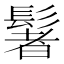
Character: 䰇